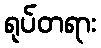
ရုပ်တရား